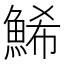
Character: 鯑